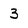
Character: 3